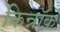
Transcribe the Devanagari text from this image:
किन्नॉक